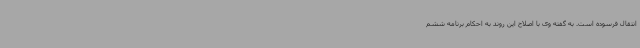
انتقال فرسوده است. به گفته وی با اصلاح این روند به احکام برنامه ششم